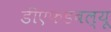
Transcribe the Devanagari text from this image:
डीएफडबल्‍यू